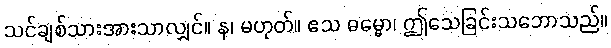
သင်ချစ်သားအားသာလျှင်။ န၊ မဟုတ်။ ဧသ ဓမ္မော၊ ဤသေခြင်းသဘောသည်။